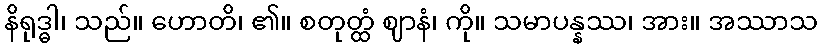
နိရုဒ္ဓါ၊ သည်။ ဟောတိ၊ ၏။ စတုတ္ထံ ဈာနံ၊ ကို။ သမာပန္နဿ၊ အား။ အဿာသ